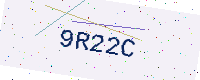
Text: 9R22C